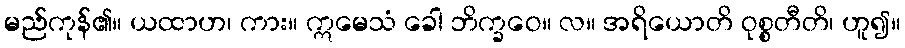
မည်ကုန်၏။ ယထာဟ၊ ကား။ ဣမေသံ ခေါ ဘိက္ခဝေ။ လ။ အရိယောတိ ဝုစ္စတီတိ၊ ဟူ၍။